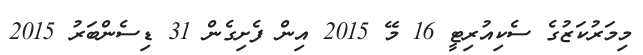
މިމަރުކަޒުގެ ސެކިއުރިޓީ 16 މޭ 2015 އިން ފެށިގެން 31 ޑިސެންބަރު 2015